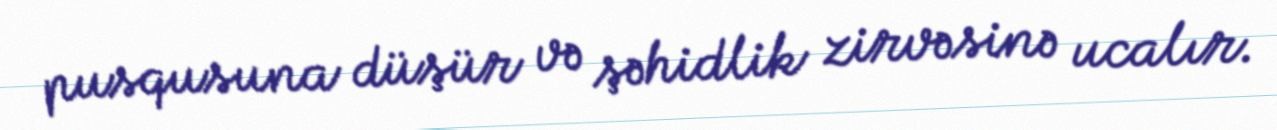
pusqusuna düşür və şəhidlik zirvəsinə ucalır.